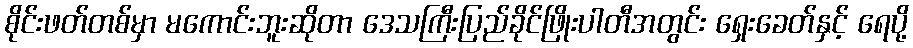
စိုင်းဖတ်တစ်မှာ မကောင်းဘူးဆိုတာ ဒေသကြီးပြည်ခိုင်ဖြိုးပါတီအတွင်း ရှေးခေတ်နှင့် ရေပို့